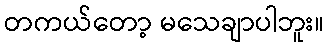
တကယ်တော့ မသေချာပါဘူး။